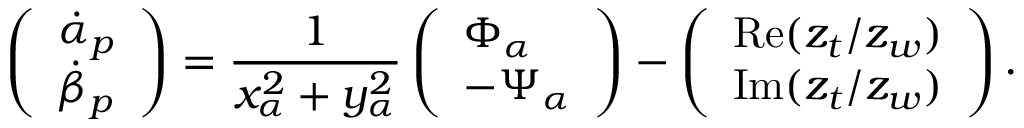
\left( \begin{array} { l } { \dot { \alpha } _ { p } } \\ { \dot { \beta } _ { p } } \end{array} \right) = \frac { 1 } { x _ { \alpha } ^ { 2 } + y _ { \alpha } ^ { 2 } } \left( \begin{array} { l } { \Phi _ { \alpha } } \\ { - \Psi _ { \alpha } } \end{array} \right) - \left( \begin{array} { l } { \operatorname { R e } ( z _ { t } / z _ { w } ) } \\ { \operatorname { I m } ( z _ { t } / z _ { w } ) } \end{array} \right) .